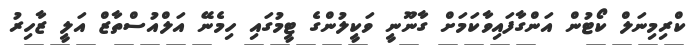
ކްރިމިނަލް ކޯޓުން އަންގާފައިވާކަމަށް ގާނޫނީ ވަކީލުންގެ ޓީމުގައި ހިމެނޭ އަލްއުސްތާޒް އަލީ ޒާހިރު